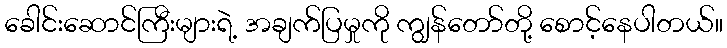
ခေါင်းဆောင်ကြီးများရဲ့ အချက်ပြမှုကို ကျွန်တော်တို့ စောင့်နေပါတယ်။